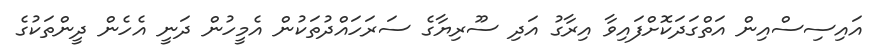
އައިސިސްއިން އަތްގަދަކޮށްފައިވާ އިރާގު އަދި ސޫރިޔާގެ ސަރަހައްދުތަކުން އެމީހުން ދަނީ އެހެން ދީންތަކުގެ